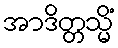
အာဒိတ္တသ္မိံ